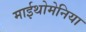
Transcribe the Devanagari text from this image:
माईथोमेनिया